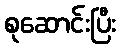
စုဆောင်းပြီး